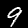
Label: 9